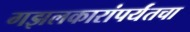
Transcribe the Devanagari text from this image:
गझलकारांपर्यंतचा